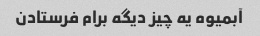
آبمیوه یه چیز دیگه برام فرستادن